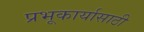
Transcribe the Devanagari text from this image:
प्रभूकार्यासाठी